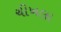
ચીખલા